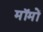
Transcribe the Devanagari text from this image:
मॉमों